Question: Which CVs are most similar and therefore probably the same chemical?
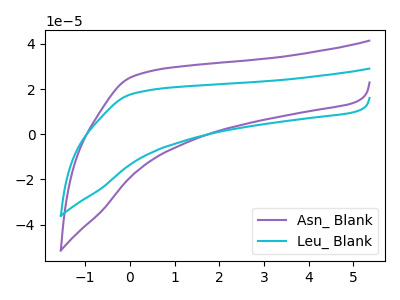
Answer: <think>The purple curve "Asn_ Blank" has no peaks. The cyan curve "Leu_ Blank" has no peaks.
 Neither "Asn_ Blank" or "Leu_ Blank" have any peaks.</think>
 <answer>"Asn_ Blank" and "Leu_ Blank" have the same shape and are likely CV's of the same chemical.</answer>
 <eval>"Asn_ Blank" "Leu_ Blank"</eval>